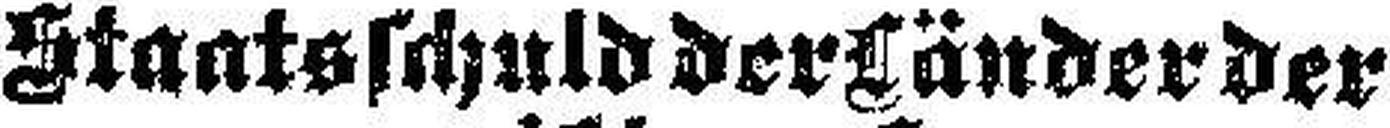
Staatsschuld der Länder der